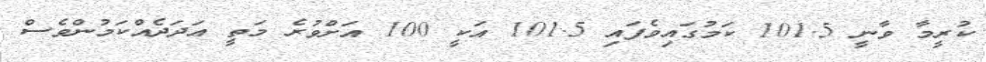
ކުރީމާ ވާނީ 101.5 ކަމުގައިވެފައި 101.5 އަކީ 100 އަށްވުރެ މަތީ އަދަދެއްކަމުންވެސް